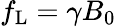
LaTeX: f_{\mathrm{L}}=\gamma B_{0}